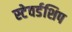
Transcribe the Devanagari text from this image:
स्टेवर्डशिप